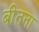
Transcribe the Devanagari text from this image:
बीतना